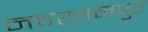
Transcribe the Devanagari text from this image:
नवरतनपुर